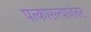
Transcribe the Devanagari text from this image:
पत्कारल्यानंतर